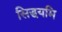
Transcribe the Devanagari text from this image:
सिद्धयमि